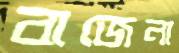
বাজেনা